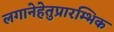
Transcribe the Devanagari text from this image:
लगानेहेतुप्रारम्भिक